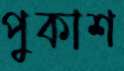
পুকাশ